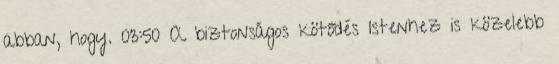
abban, hogy. 03:50 A biztonságos kötődés Istenhez is közelebb